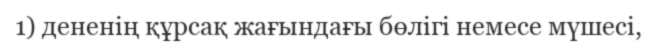
1) дененің құрсақ жағындағы бөлігі немесе мүшесі,